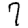
Digit: 7